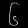
Digit: ၆